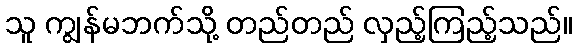
သူ ကျွန်မဘက်သို့ တည်တည် လှည့်ကြည့်သည်။